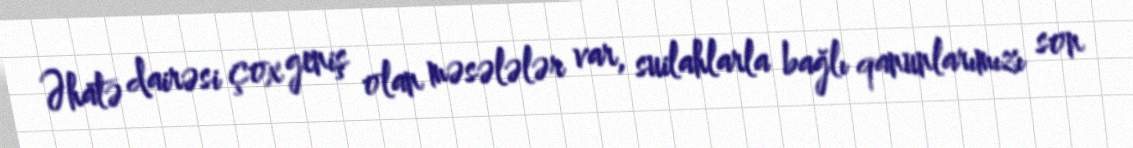
Əhatə dairəsi çox geniş olan məsələlər var, suilahlarla bağlı qanunlarımızı son